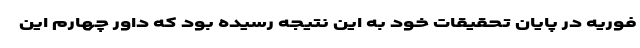
فوریه در پایان تحقیقات خود به این نتیجه رسیده بود که داور چهارم این